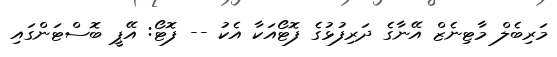
މަރިބެލް މާޓިނެޒް އޭނާގެ ދަރިފުޅުގެ ފޮޓޯއަކާ އެކު -- ފޮޓޯ: އޭޕީ ބޮސްޓަންގައި